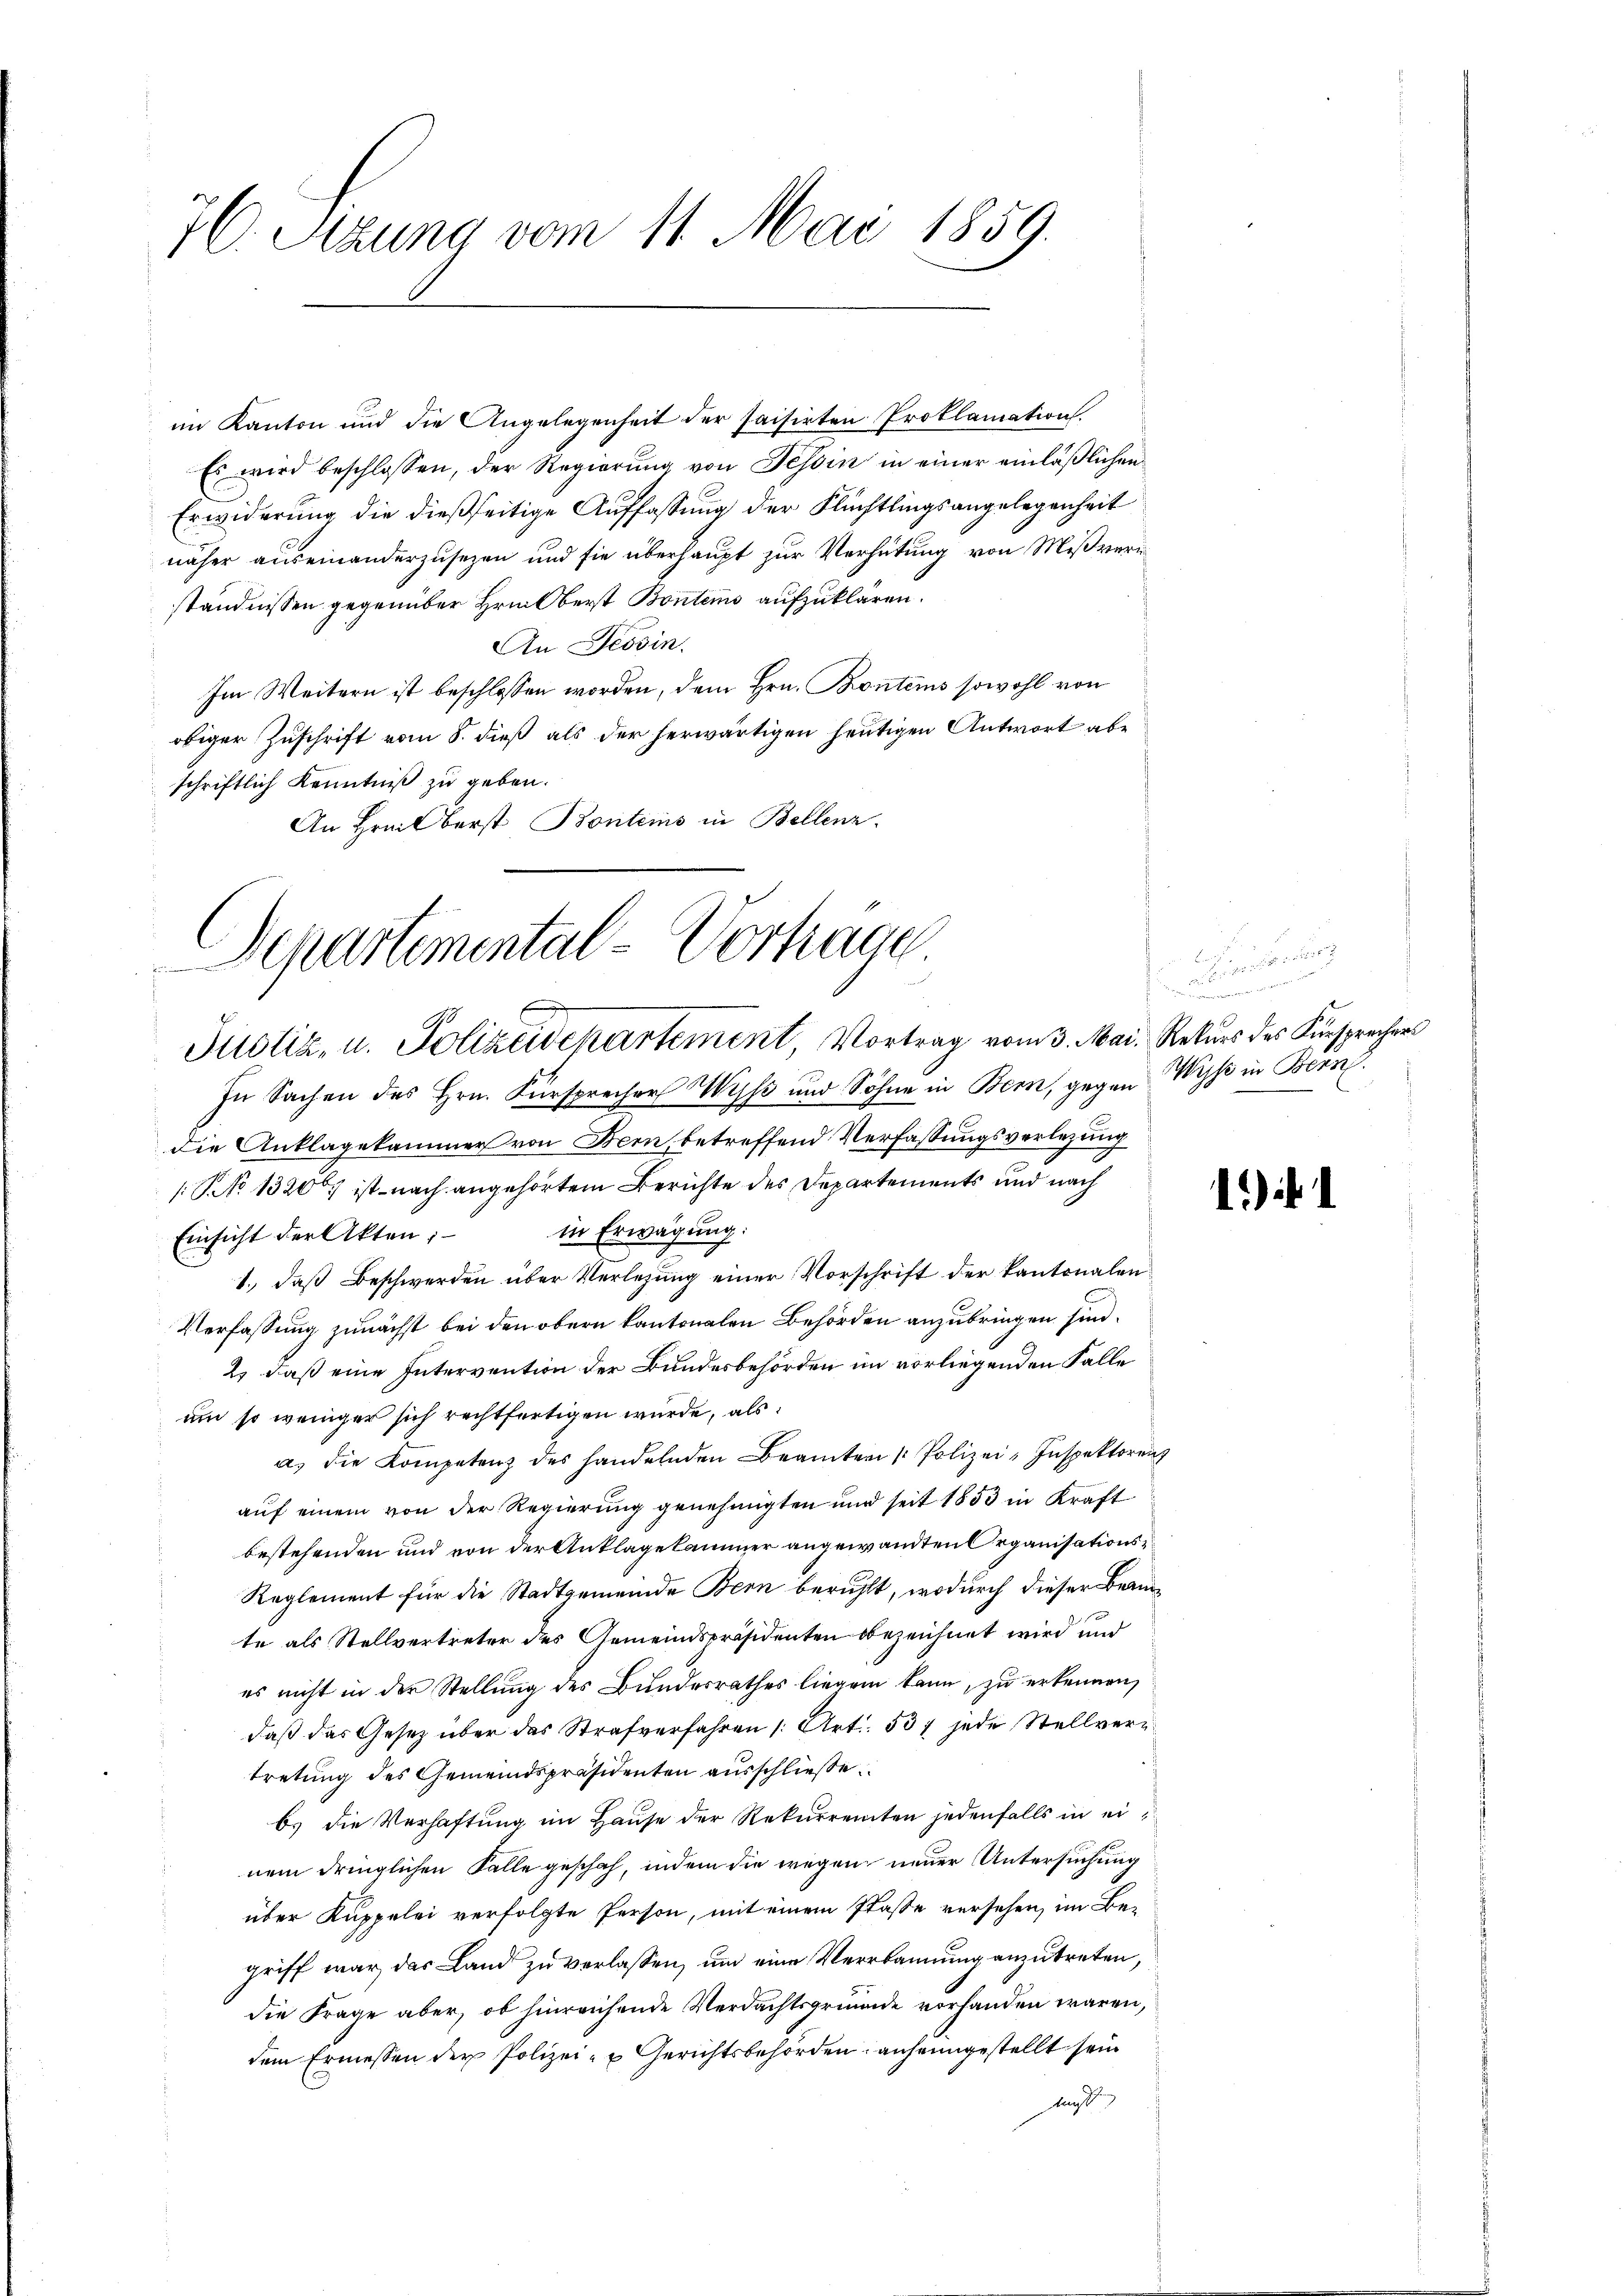
76. Sizung vom 11. Mai 1859.

Erwiderung die dießseitige Auffassung der Flüchtlingsangelegenheit
näher auseinanderzusetzen und sie überhaupt zur Verhütung von Mißveri
ständnissen gegenüber Hrn. Oberst Bontens aufzuklären.
An Tessin.
Im Weitern ist beschlossen worden, dem Hrn. Bontems sowohl von
obiger Zuschrift vom 8. dieß als der herwärtigen heutigen Antwort abe
schriftlich Kenntniß zu geben.
An Hrnilberst Bontems in Bellenz

im Kanton und die Angelegenheit der saisirten Proklamation
Es wird beschlossen, der Regierung von Tessin in einer einläßlichen

Departemental-Vorträge
Justiz, u. Polizeidchartement, Vortrag vom 3. Mai. Rekurs des Fürsprechers

In Sachen des Hrn. Fürsprecher Wyß und Söhne in Bern, gegen Wisse in Bern
die Anklagekammer von Bern, betreffend Verfassungsverlegung
/: No 1320) ist nach angehörtem Berichte des Departements und nach
in Erwägung:
Einsicht der Akten;
1. daß Beschwerden über Verlesung einer Vorschrift der kantonalen
Verfassung zunächst bei den obern kantonalen Behörden anzubringen sind.
2. daß eine Intervention der Bundesbehörden im vorliegenden Falle
um so weniger sich rechtfertigen wurde, als:
a. die Kompetenz des handelnden Beamter Polizei-Inspektorenz
auf einem von der Regierung genehmigten und seit 1853 in Kraft
bestehenden und von der Anklagekammer angewandten Organisations¬
Reglement für die Stadtgemeinde Bern beruht, wodurch dieser Beamte als Stellvertreter des Gemeindspräsidenten obezeichnet wird und
es nicht in der Stellung des Bundesrathes liegen kann, zu erkennen,
daß das Gesetz über das Strafverfahren [Art. 537 jede Stellvertretung des Gemeindspräsidenten ausschließe
b) die Verhaftung im Haŭse der Rekurrenten jedenfalls in ei
nem dringlichen Falle geschah, indem die wegen neuer Untersuchung
über Kuppelei verfolgte Person, mit einem Plasse versehen, im Begriff war, das Land zu verlassen, um eine Verbannung anzutreten,
die Frage aber, ob hinreichende Verdachtsgründe vorhanden wären,
dem Ermessen der Polizei- u Gerichtsbehörden, anheimgestellt sein
kunft

¬

1)